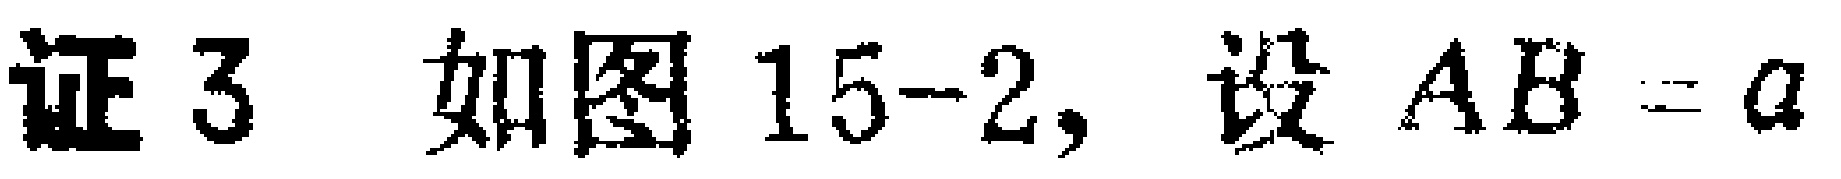
证3 如图15-2，设 \(AB = a\)